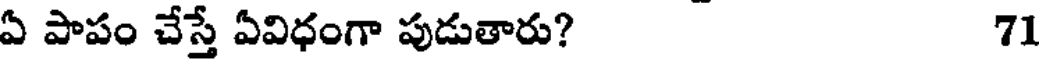
ఏ పాపం చేస్తే ఏవిధంగా పుడుతారు? 71